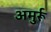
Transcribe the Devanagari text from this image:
अमुर्रू